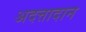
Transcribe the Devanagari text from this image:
अदत्तादान